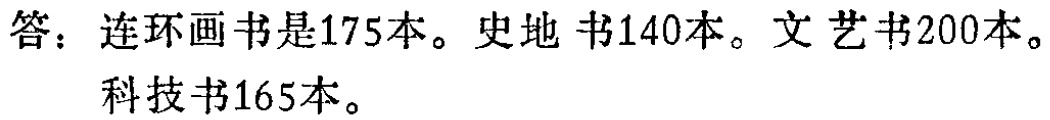
答：连环画书是175本。史地书140本。文艺书200本。科技书165本。